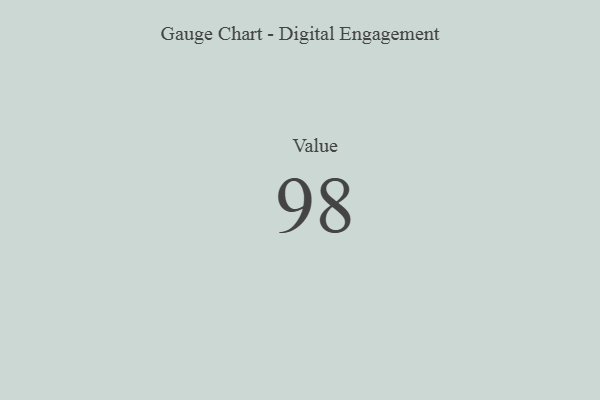
{"axis": {"x": "Metric", "y": "Value"}, "legend": [""], "data": [{"x": "Value", "y": 98, "type": ""}]}